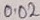
Text: 002